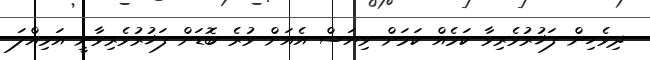
ދިވެހިން ފަޚުރުވެރިވާ ކަމެއް ކަމަށް ވިޔަސް އެއަށް ވުރެ ބޮޑަށް ފަޚުރުވެރިވާނީ އަމިއްލަ